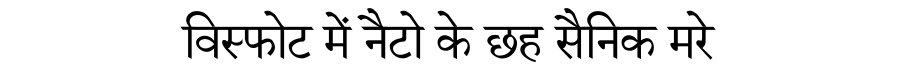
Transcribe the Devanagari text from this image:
विस्फोट में नैटो के छह सैनिक मरे